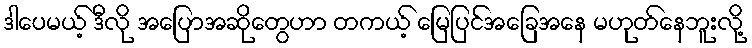
ဒါပေမယ့် ဒီလို အပြောအဆိုတွေဟာ တကယ့် မြေပြင်အခြေအနေ မဟုတ်နေဘူးလို့